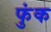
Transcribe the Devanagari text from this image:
फुंक